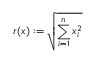
r ( x ) : = \sqrt { \sum _ { i = 1 } ^ { n } x _ { i } ^ { 2 } }